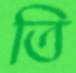
তি